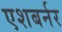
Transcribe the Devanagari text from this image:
एशबर्नर